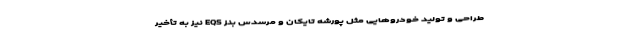
طراحی و تولید خودروهایی مثل پورشه تایکان و مرسدس بنز EQS نیز به تأخیر